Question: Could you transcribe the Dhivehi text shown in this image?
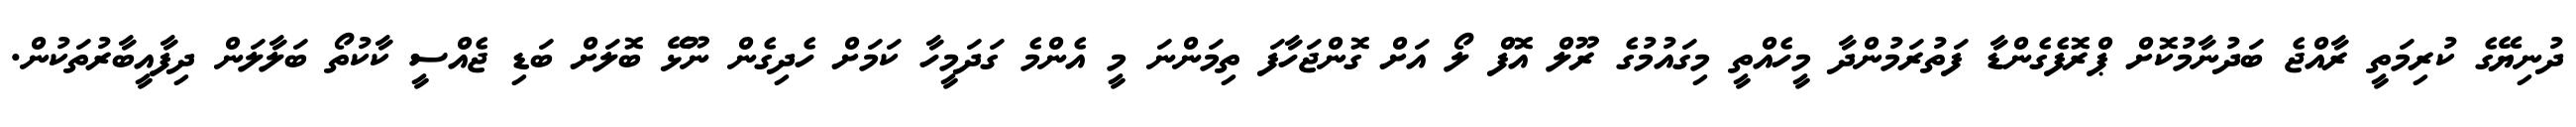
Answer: ދުނިޔޭގެ ކުރިމަތީ ރާއްޖެ ބަދުނާމުކޮށް ޕްރޮފެގެންޑާ ފަތުރަމުންދާ މީހެއްތީ މިގައުމުގެ ރޫލް އޮފް ލޯ އަށް ގޮންޖަހާފަ ތިމަންނަ މީ އެންމެ ގަދަމީހާ ކަމަށް ހެދިގެން ނޫޅޭ ބޮލަށް ބަޑި ޖެއްސީ ކާކުތޯ ބަލާލަން ދިފާއީބާރުތަކުން.